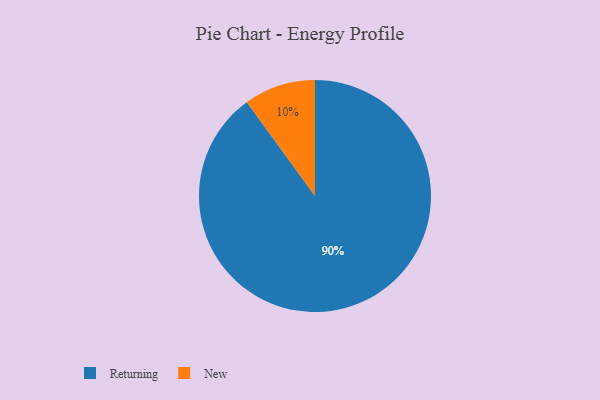
{"axis": {"x": "Category", "y": "Percentage"}, "legend": ["New", "Returning"], "data": [{"x": "New", "y": 10, "type": "New"}, {"x": "Returning", "y": 90, "type": "Returning"}]}